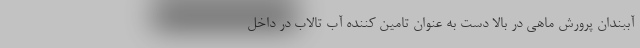
آببندان پرورش ماهی در بالا دست به عنوان تامین کننده آب تالاب در داخل